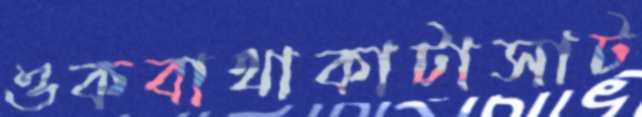
ওকবাথাকাটাসাট